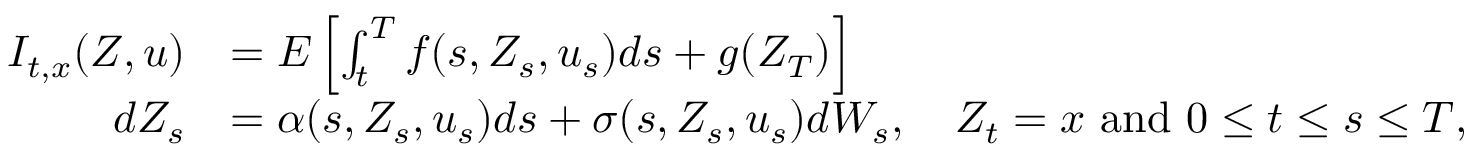
\begin{array} { r l } { I _ { t , x } ( Z , u ) } & { = E \left[ \int _ { t } ^ { T } f ( s , Z _ { s } , u _ { s } ) d s + g ( Z _ { T } ) \right] } \\ { d Z _ { s } } & { = \alpha ( s , Z _ { s } , u _ { s } ) d s + \sigma ( s , Z _ { s } , u _ { s } ) d W _ { s } , \quad Z _ { t } = x \mathrm { ~ a n d ~ } 0 \leq t \leq s \leq T , } \end{array}